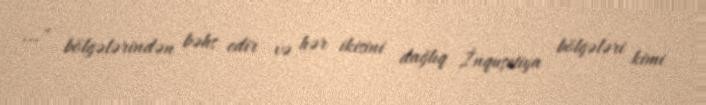
..." bölgələrindən bəhs edir və hər ikisini dağlıq İnquşetiya bölgələri kimi